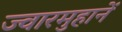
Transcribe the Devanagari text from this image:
ज्वारमुहानें